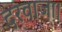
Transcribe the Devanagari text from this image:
दरवाजा।